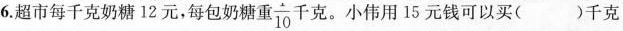
6.超市每千克奶糖12元，每包奶糖重 \frac{}{10}千克。小伟用15元钱可以买()千克